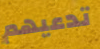
تدعيهم